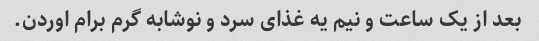
بعد از یک ساعت و نیم یه غذای سرد و نوشابه گرم برام اوردن.